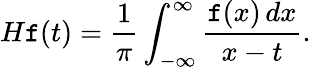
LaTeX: H\mathtt{f}(t)={\frac{{1}}{{\pi}}}\int_{-\infty}^{\infty}{\frac{{\mathtt{f}(x)\, dx}}{{x-t}}}.